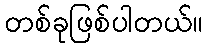
တစ်ခုဖြစ်ပါတယ်။